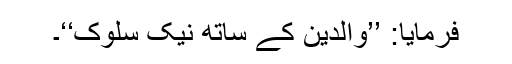
فرمایا: ’’والدین کے ساتھ نیک سلوک‘‘۔